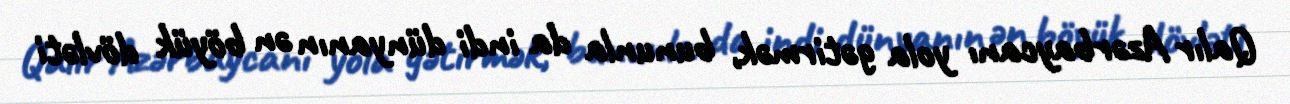
Qalır Azərbaycanı yola gətirmək, bununla da indi dünyanın ən böyük dövləti